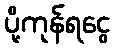
ပို့ကုန်ရငွေ